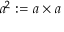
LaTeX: a ^ { 2 } : = a \times a